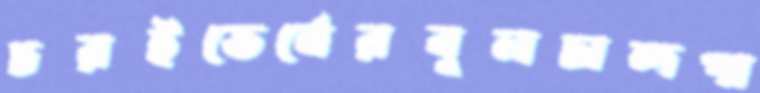
চরইভের্নেরবুলচান্দপা